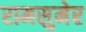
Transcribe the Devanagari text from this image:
रामसुमेर